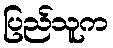
ပြည်သူက